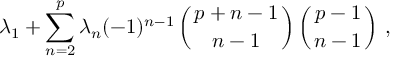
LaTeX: \lambda _ { 1 } + \sum _ { n = 2 } ^ { p } \lambda _ { n } ( - 1 ) ^ { n - 1 } \left( { p + n - 1 \atop n - 1 } \right) \left( { p - 1 \atop n - 1 } \right) \, ,